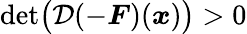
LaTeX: \operatorname*{det}\bigl(\mathcal{D}(-\boldsymbol{F})(\boldsymbol{x})\bigr)>0